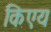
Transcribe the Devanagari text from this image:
किएय